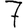
Digit: 7